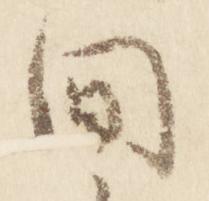
間